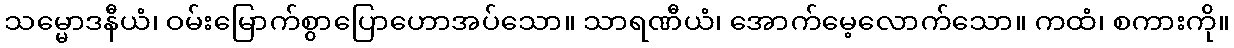
သမ္မောဒနီယံ၊ ဝမ်းမြောက်စွာပြောဟောအပ်သော။ သာရဏီယံ၊ အောက်မေ့လောက်သော။ ကထံ၊ စကားကို။